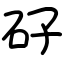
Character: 矷